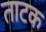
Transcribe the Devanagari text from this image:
ताटक